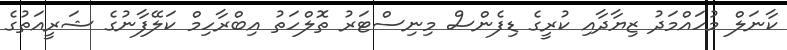
ކާނަލް މުހައްމަދު ޒިޔާދާއި ކުރީގެ ޑިފެންސް މިނިސްޓަރު ތޮލްހަތު އިބްރާހިމް ކަލޭފާނުގެ ޝަރީއަތުގެ